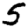
Digit: 5